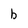
Character: b